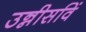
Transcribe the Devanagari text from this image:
उन्नीसविं